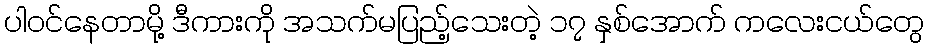
ပါဝင်နေတာမို့ ဒီကားကို အသက်မပြည့်သေးတဲ့ ၁၇ နှစ်အောက် ကလေးငယ်တွေ